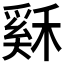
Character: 𥡙